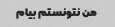
من نتونستم بیام